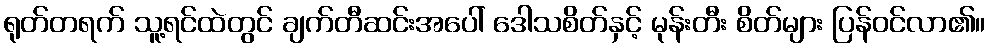
ရုတ်တရက် သူ့ရင်ထဲတွင် ချက်တီဆင်းအပေါ် ဒေါသစိတ်နှင့် မုန်းတီး စိတ်များ ပြန်ဝင်လာ၏။